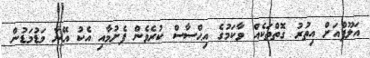
އަލޫފްއަށް އިތުރު ގޮތްތަކެއް ވާކަމުގެ އިޙްސާސް ކުރެވެން ފެށުމާއި އެކު އޭނާ މަޑުމަޑުން